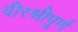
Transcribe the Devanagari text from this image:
वीरश्रीपूर्ण